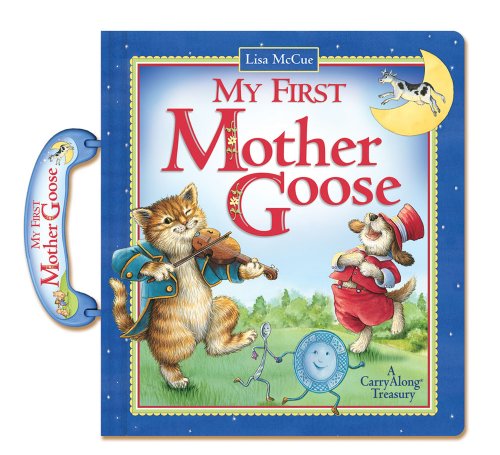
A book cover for My First Mother Goose: A CarryAlong Treasury (Carry Along Books); Lisa McCue; Children's Books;